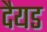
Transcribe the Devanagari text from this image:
दैयड